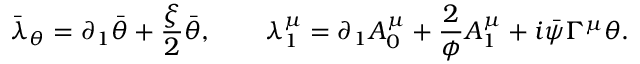
\bar { \lambda } _ { \theta } = \partial _ { 1 } \bar { \theta } + \frac \xi 2 \bar { \theta } , \qquad \lambda _ { 1 } ^ { \mu } = \partial _ { 1 } A _ { 0 } ^ { \mu } + \frac 2 \phi A _ { 1 } ^ { \mu } + i \bar { \psi } \Gamma ^ { \mu } \theta .